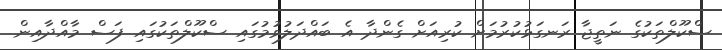
ސްކޫލްތަކުގެ ނަތީޖާ ރަނގަޅުކުރުމަށް ކުރިއަށް ގެންދާ އެ ބައްދަލުވުމުގައި ސްކޫލްތަކުގައި ފަސް މާއްދާއިން